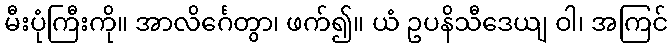
မီးပုံကြီးကို။ အာလိင်္ဂေတွာ၊ ဖက်၍။ ယံ ဥပနိသီဒေယျ ဝါ၊ အကြင်